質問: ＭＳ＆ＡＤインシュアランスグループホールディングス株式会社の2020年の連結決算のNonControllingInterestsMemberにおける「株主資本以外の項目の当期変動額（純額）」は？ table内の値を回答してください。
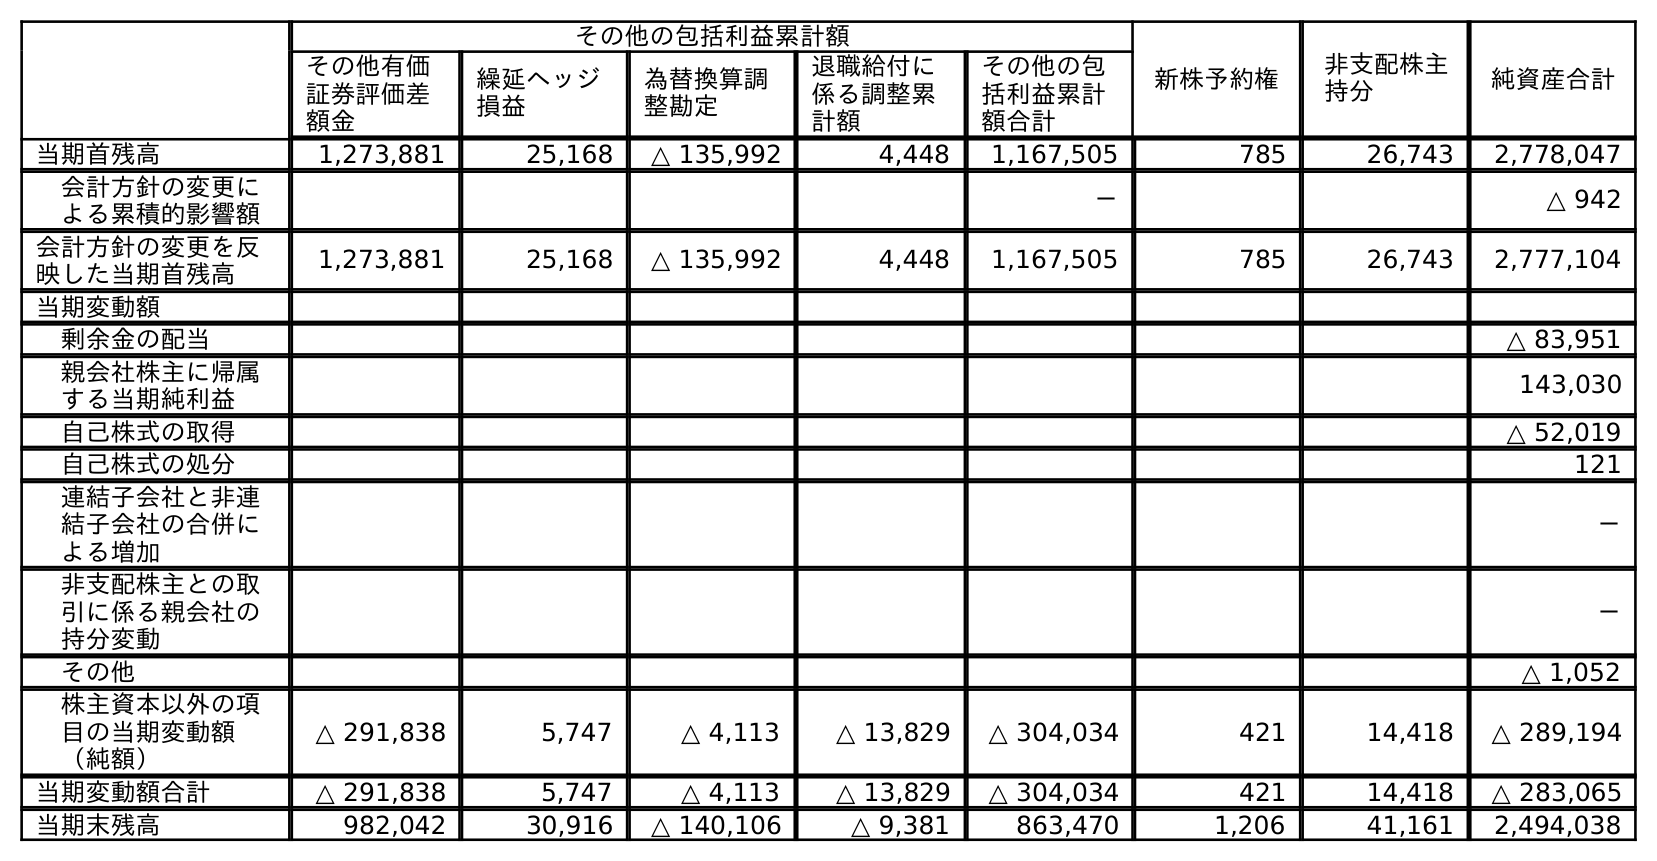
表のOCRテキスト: その他の包括利益累計額 新株予約権 非支配株主 持分 純資産合計 その他有価 証券評価差 額金 繰延ヘッジ 損益 為替換算調 整勘定 退職給付に 係る調整累 計額 その他の包 括利益累計 額合計 当期首残高 1,273,881 25,168 △ 135,992 4,448 1,167,505 785 26,743 2,778,047 会計方針の変更に よる累積的影響額 － △ 942 会計方針の変更を反 映した当期首残高 1,273,881 25,168 △ 135,992 4,448 1,167,505 785 26,743 2,777,104 当期変動額 剰余金の配当 △ 83,951 親会社株主に帰属 する当期純利益 143,030 自己株式の取得 △ 52,019 自己株式の処分 121 連結子会社と非連 結子会社の合併に よる増加 － 非支配株主との取 引に係る親会社の 持分変動 － その他 △ 1,052 株主資本以外の項 目の当期変動額 （純額） △ 291,838 5,747 △ 4,113 △ 13,829 △ 304,034 421 14,418 △ 289,194 当期変動額合計 △ 291,838 5,747 △ 4,113 △ 13,829 △ 304,034 421 14,418 △ 283,065 当期末残高 982,042 30,916 △ 140,106 △ 9,381 863,470 1,206 41,161 2,494,038
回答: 14,418